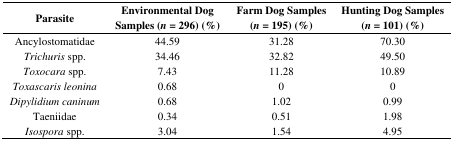
| Parasite | Environmental Dog Samples (n = 296) (%) | Farm Dog Samples (n = 195) (%) | Hunting Dog Samples (n = 101) (%) |
 | --- | --- | --- | --- |
 | Ancylostomatidae | 44.59 | 31.28 | 70.30 |
 | Trichuris spp. | 34.46 | 32.82 | 49.50 |
 | Toxocara spp. | 7.43 | 11.28 | 10.89 |
 | Toxascarisleonina | 0.68 | 0 | 0 |
 | Dipylidium caninum | 0.68 | 1.02 | 0.99 |
 | Taeniidae | 0.34 | 0.51 | 1.98 |
 | Isospora spp. | 3.04 | 1.54 | 4.95 |